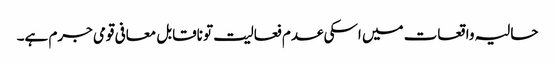
حالیہ واقعات میں اسکی عدم فعالیت تو ناقابل معافی قومی جرم ہے۔